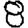
Digit: 8